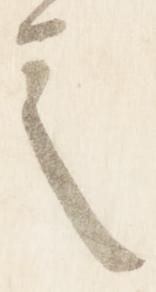
之